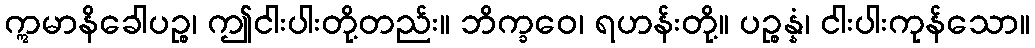
ဣမာနိခေါပဉ္စ၊ ဤငါးပါးတို့တည်း။ ဘိက္ခဝေ၊ ရဟန်းတို့။ ပဉ္စန္နံ၊ ငါးပါးကုန်သော။